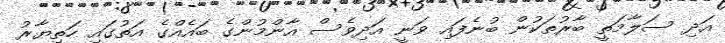
އަދި ސަލާމަތީ ބާރުތަކުން ބުނެފައި ވަނީ އަދިވެސް އާންމުންގެ ބައެއްގެ އަތުގައި ހަތިޔާރު